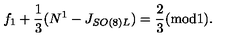
f _ { 1 } + { \frac { 1 } { 3 } } ( N ^ { 1 } - J _ { S O ( 8 ) L } ) = { \frac { 2 } { 3 } } ( \mathrm { m o d 1 } ) .